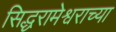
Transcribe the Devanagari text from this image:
सिद्धरामेश्वराच्या